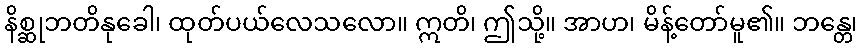
နိစ္ဆုဘတိနုခေါ၊ ထုတ်ပယ်လေသလော။ ဣတိ၊ ဤသို့။ အာဟ၊ မိန့်တော်မူ၏။ ဘန္တေ၊